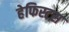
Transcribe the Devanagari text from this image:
हेफिस्टस